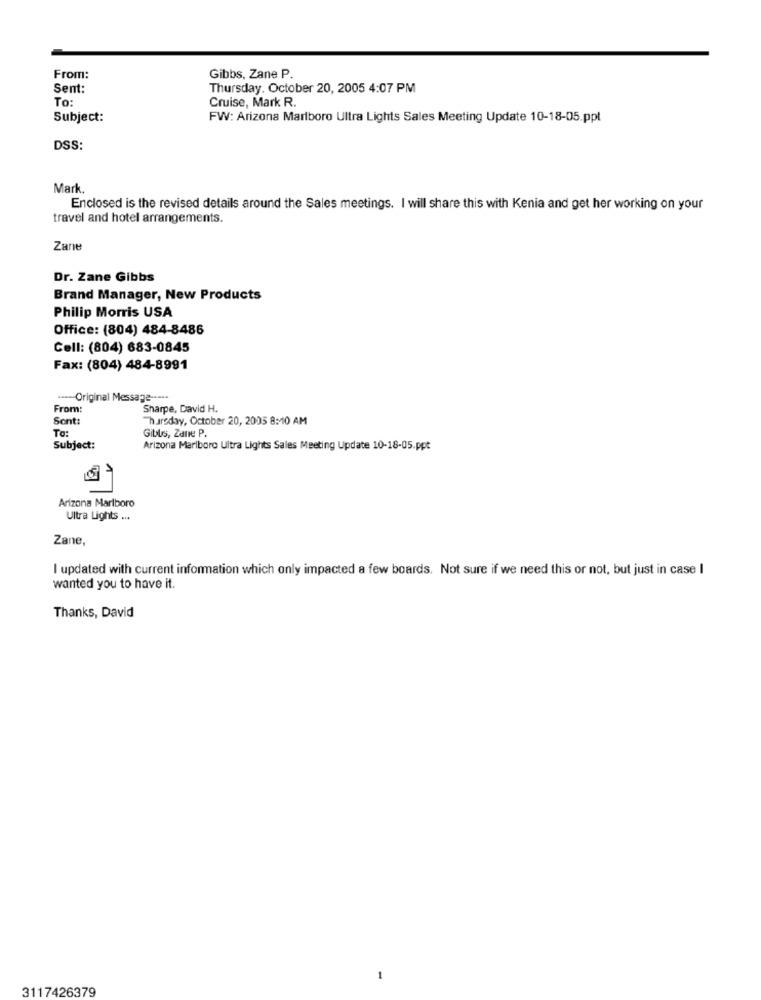
From:
Gibbs, Zane P.
Sent:
Thursday, October 20, 2005 4:07 PM
To:
Cruise, Mark R.
Subject:
FW: Arizona Marlboro Ultra Lights Sales Meeting Update 10-18-05.ppt
DSS:
Mark.
Enclosed is the revised details around the Sales meetings. I will share this with Kenia and get her working on your
travel and hotel arrangements.
Zane
Dr. Zane Gibbs
Brand Manager, New Products
Philip Morris USA
Office: (804) 484-8486
Cell: (804) 683-0845
Fax: (804) 484-8991
.---- Original Message -----
From:
Sharpe, David H.
Sont:
Thursday, October 20, 2005 8:10 AM
To:
Gibls, Zane P.
Subject:
Arizona Marlboro Ultra Lights Sales Meeting Update 10-18-05.ppt
Arizona Marlboro
Ultra Lights ...
Zane
I updated with current information which only impacted a few boards. Not sure if we need this or not, but just in case I
wanted you to have it.
Thanks, David
-
3117426379